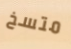
متسخ